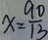
x = \frac { 9 0 } { 1 3 }